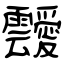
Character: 靉